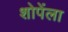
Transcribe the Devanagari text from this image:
शोपेंला